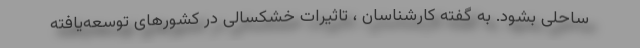
ساحلی بشود. به گفته کارشناسان ، تاثیرات خشکسالی در کشورهای توسعه‌یافته